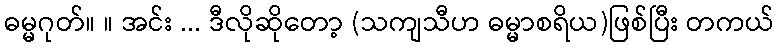
ဓမ္မဂုတ်။ ။ အင်း ... ဒီလိုဆိုတော့ (သကျသီဟ ဓမ္မာစရိယ)ဖြစ်ပြီး တကယ်